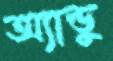
অ্যান্ডু